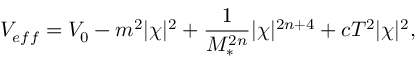
V _ { e f f } = V _ { 0 } - m ^ { 2 } | \chi | ^ { 2 } + \frac { 1 } { M _ { * } ^ { 2 n } } | \chi | ^ { 2 n + 4 } + c T ^ { 2 } | \chi | ^ { 2 } ,